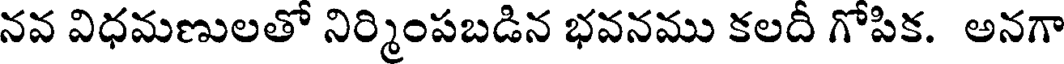
నవ విధమణులతో నిర్మింపబడిన భవనము కలదీ గోపిక. అనగా